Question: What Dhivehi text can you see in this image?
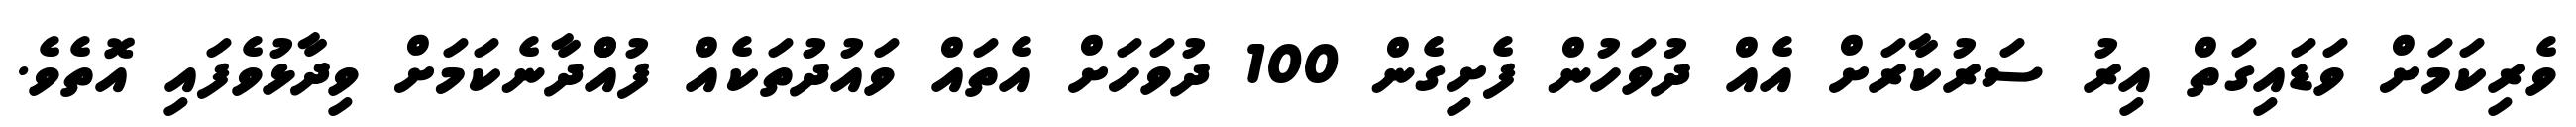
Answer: ވެރިކަމަށް ވަޑައިގަތް އިރު ސަރުކާރަށް އެއް ދުވަހުން ފެށިގެން 100 ދުވަހަށް އެތައް ވައުދުތަކެއް ފުއްްދާނެކަމަށް ވިދާޅުވެފައި އޮތެވެ.